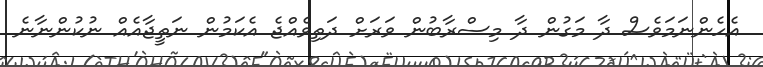
އެހެންނަމަވެސް ދާ މަގުން ދާ މިސްރާބުން ވަރަށް ދަތިވެއްޖެ އެކަމުން ނަތީޖާއެއް ނުކުންނާނެ